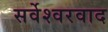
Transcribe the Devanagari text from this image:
सर्वेश्‍वरवाद